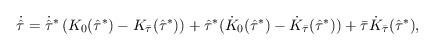
LaTeX: \begin{align*}\small{\begin{aligned} \dot{\hat{\tau}} &= \dot{\hat{\tau}}^*\left(K_0(\hat{\tau}^*) - K_{\bar{\tau}}(\hat{\tau}^*) \right) + \hat{\tau}^*(\dot{K}_0(\hat{\tau}^*) - \dot{K}_{\bar{\tau}}(\hat{\tau}^*)) + \bar\tau \dot{K}_{\bar\tau}(\hat\tau^*),\end{aligned}}\normalsize\end{align*}